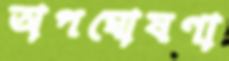
অপঘোষণা